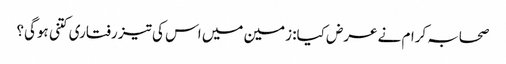
صحابہ کرام نے عرض کیا: زمین میں اس کی تیز رفتاری کتنی ہوگی؟